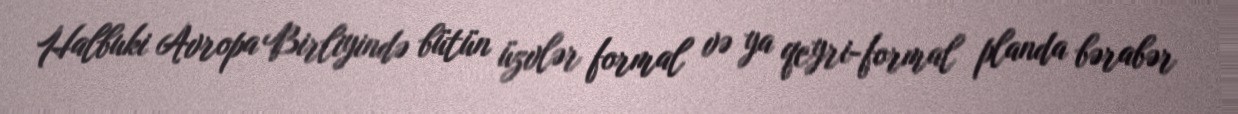
Halbuki Avropa Birliyində bütün üzvlər formal və ya qeyri-formal planda bərabər